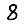
Digit: 8